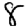
Digit: 8